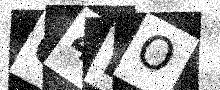
Text: 64NO